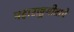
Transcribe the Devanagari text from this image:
महाराष्ट्रगीताचे